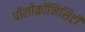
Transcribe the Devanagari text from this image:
पॉलीक्रॉनिसिटी